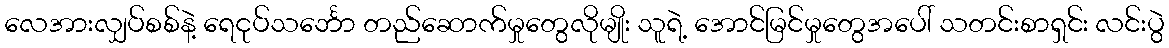
လေအားလျှပ်စစ်နဲ့ ရေငုပ်သင်္ဘော တည်ဆောက်မှုတွေလိုမျိုး သူရဲ့ အောင်မြင်မှုတွေအပေါ် သတင်းစာရှင်း လင်းပွဲ